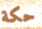
حكة